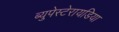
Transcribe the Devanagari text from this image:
ब्युपेस्टेरायडिया